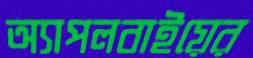
অ্যাপলবাইয়ের